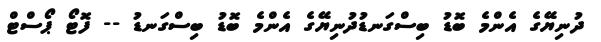
ދުނިޔޭގެ އެންމެ ބޮޑު ބިސްގަނޑުދުނިޔޭގެ އެންމެ ބޮޑު ބިސްގަނޑު -- ފޮޓޯ ޕޯސްޓް